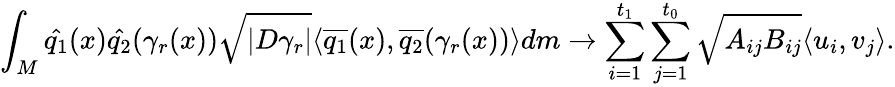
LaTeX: \int_{M}\hat{q_{1}}(x)\hat{q_{2}}(\gamma_{r}(x))\sqrt{|D\gamma_{r}|}\langle\overline{{q_{1}}}(x),\overline{{q_{2}}}(\gamma_{r}(x))\rangle dm\to\sum_{i=1}^{t_{1}}\sum_{j=1}^{t_{0}}\sqrt{A_{ij}B_{ij}}\langle u_{i},v_{j}\rangle.